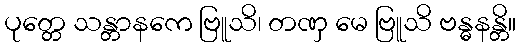
ပုတ္တေ သန္တာနကေ ဗြူသိ၊ တဏှ မေ ဗြူသိ ဗန္ဓနန္တိ။